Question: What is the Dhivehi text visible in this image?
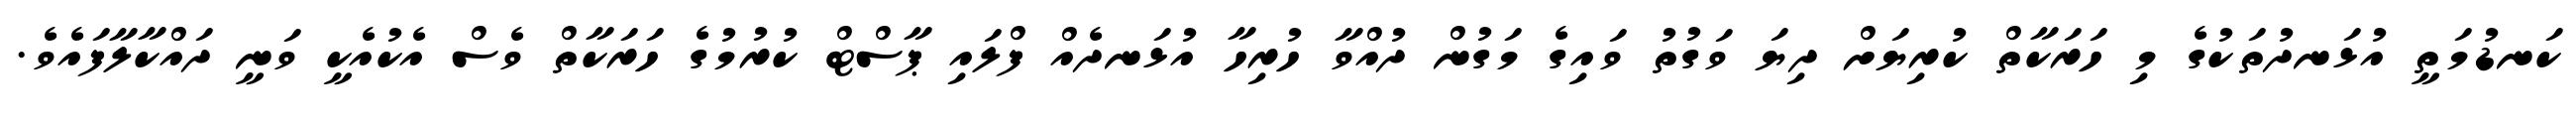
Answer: ކަނޑުމަތީ އުޅަނދުތަކުގެ މި ހަރަކާތް ކުރިޔަށް ދިޔަ ވަގުތު ވައިގެ މަގުން ދުއްވާ ހުރިހާ އުޅަނދެއް ފްލައި ޕާސްޓް ކުރުމުގެ ހަރަކާތް ވެސް އެކުއެކީ ވަނީ ދައްކާލާފައެވެ.